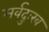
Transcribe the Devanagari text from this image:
सर्वदुःख